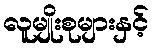
လူမျိုးစုများနှင့်